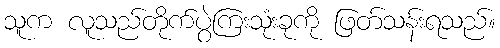
သူက လူသည်တိုက်ပွဲကြးသုံးခုကို ဖြတ်သန်းရသည်။